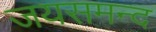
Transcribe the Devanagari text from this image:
जयसमन्‍द